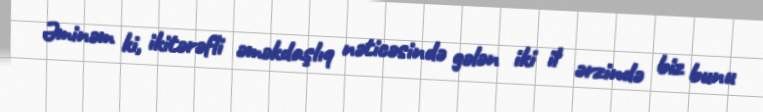
Əminəm ki, ikitərəfli əməkdaşlıq nəticəsində gələn iki il ərzində biz bunu